Report of the Imperial Institute of Veterinary Research, Muktesar
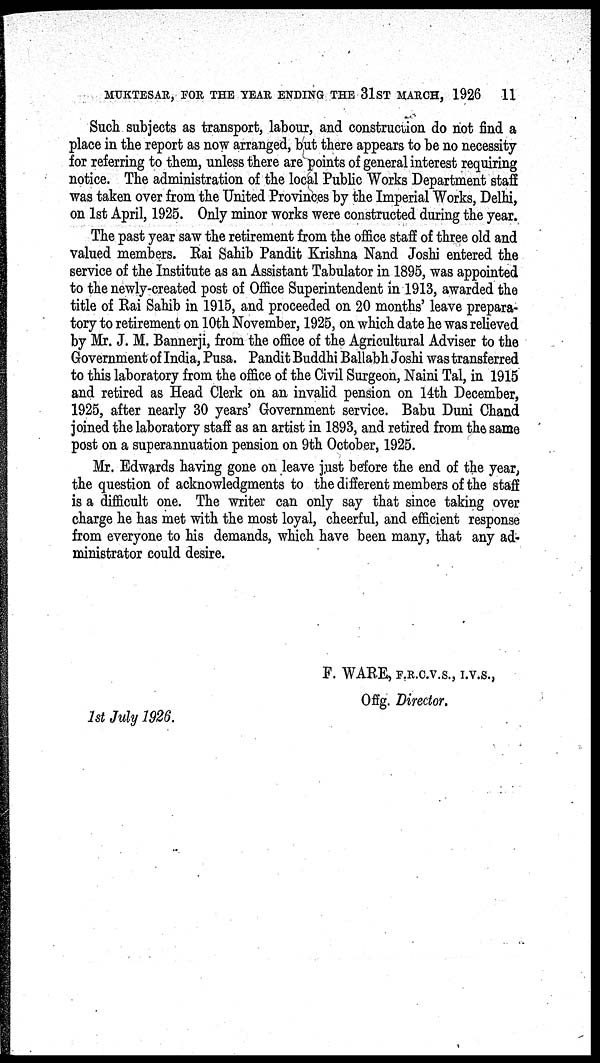
MUKTESAR, FOR THE YEAR ENDING THE 31ST MARCH, 1926
11
Such subjects as transport, labour, and construction do not find a
place in the report as now arranged, but there appears to be no necessity
for referring to them, unless there are points of general interest requiring
notice. The administration of the local Public Works Department staff
was taken over from the United Provinces by the Imperial Works, Delhi,
on 1st April, 1925. Only minor works were constructed during the year.
The past year saw the retirement from the office staff of three old and
valued members. Rai Sahib Pandit Krishna Nand Joshi entered the
service of the Institute as an Assistant Tabulator in 1895, was appointed
to the newly-created post of Office Superintendent in 1913, awarded the
title of Rai Sahib in 1915, and proceeded on 20 months' leave prepara-
tory to retirement on 10th November, 1925, on which date he was relieved
by Mr. J. M. Bannerji, from the office of the Agricultural Adviser to the
Government of India, Pusa. Pandit Buddhi Ballabh Joshi was transferred
to this laboratory from the office of the Civil Surgeon, Naini Tal, in 1915
and retired as Head Clerk on an invalid pension on 14th December,
1925, after nearly 30 years' Government service. Babu Duni Chand
joined the laboratory staff as an artist in 1893, and retired from the same
post on a superannuation pension on 9th October, 1925.
Mr. Edwards having gone on leave just before the end of the year,
the question of acknowledgments to the different members of the staff
is a difficult one. The writer can only say that since taking over
charge he has met with the most loyal, cheerful, and efficient response
from everyone to his demands, which have been many, that any ad-
ministrator could desire.
F. WARE, F.R.C.V.S., I.V.S.,
Offg. Director.
1st July 1926.